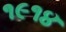
૧૯૧૪